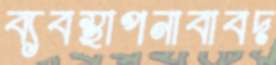
ব্যবস্থাপনাবাবদ